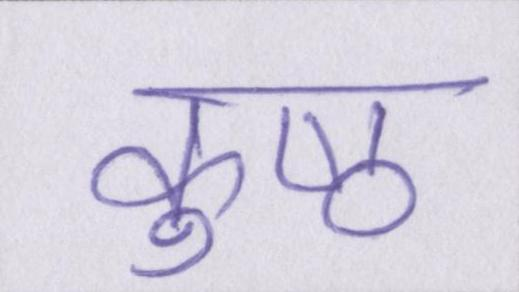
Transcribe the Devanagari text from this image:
कुष्ठ